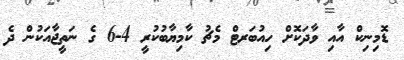
ޑޮމިނިކް އާއި ވާދަކޮށް ހިއުބަރޓް މެޗު ކާމިޔާބުކުރީ 4-6 ގެ ނަތީޖާއަކުން ދެ